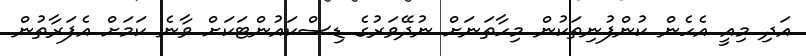
އަދި މިއީ އެހެން ކުންފުނިތަކުން މިހާތަނަށް ނުދޭވަރުގެ ޑިސްކައުންޓަކަށް ވާނެ ކަމަށް އެފަރާތުން